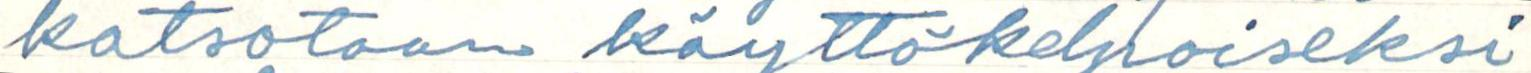
katsotaan käyttökelpoiseksi